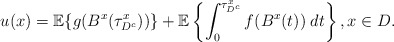
\begin{align*} u(x)&=\mathbb{E}\{g(B^x(\tau^x_{D^c}))\}+\mathbb{E}\left\{\int_0^{\tau^x_{D^c}}f(B^x(t))\;dt\right\}, x\in D.\end{align*}